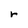
Character: r